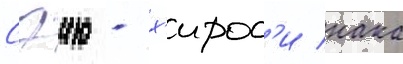
Сэию - х'ирос'и нака